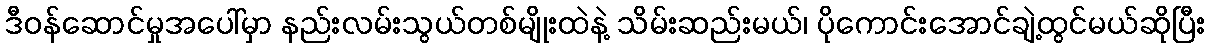
ဒီဝန်ဆောင်မှုအပေါ်မှာ နည်းလမ်းသွယ်တစ်မျိုးထဲနဲ့ သိမ်းဆည်းမယ်၊ ပိုကောင်းအောင်ချဲ့ထွင်မယ်ဆိုပြီး